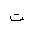
Letter: _ta